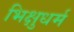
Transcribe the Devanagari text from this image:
भिक्षुधर्म